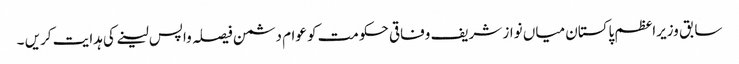
سابق وزیراعظم پاکستان میاں نواز شریف وفاقی حکومت کو عوام دشمن فیصلہ واپس لینے کی ہدایت کریں ۔